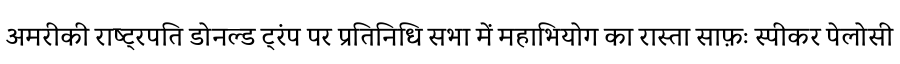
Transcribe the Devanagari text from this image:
अमरीकी राष्ट्रपति डोनल्ड ट्रंप पर प्रतिनिधि सभा में महाभियोग का रास्ता साफ़ः स्पीकर पेलोसी